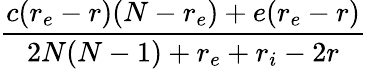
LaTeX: \frac{c(r_{e}-r)(N-r_{e})+e(r_{e}-r)}{2N(N-1)+r_{e}+r_{i}-2r}